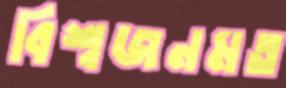
বিশ্বজনমত